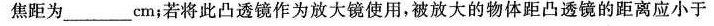
焦距为___em；若将此凸透镜作为放大镜使用，被放大的物体距凸透镜的距离应小于